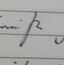
Signature authenticity: genuine